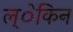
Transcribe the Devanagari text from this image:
ल्ेकिन